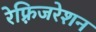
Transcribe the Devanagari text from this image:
रेफ़्रिजरेशन